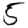
Digit: 5